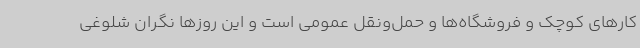
کارهای کوچک و فروشگاه‌ها و حمل‌ونقل عمومی است و این روزها نگران شلوغی